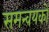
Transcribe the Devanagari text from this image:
समन्वयकों